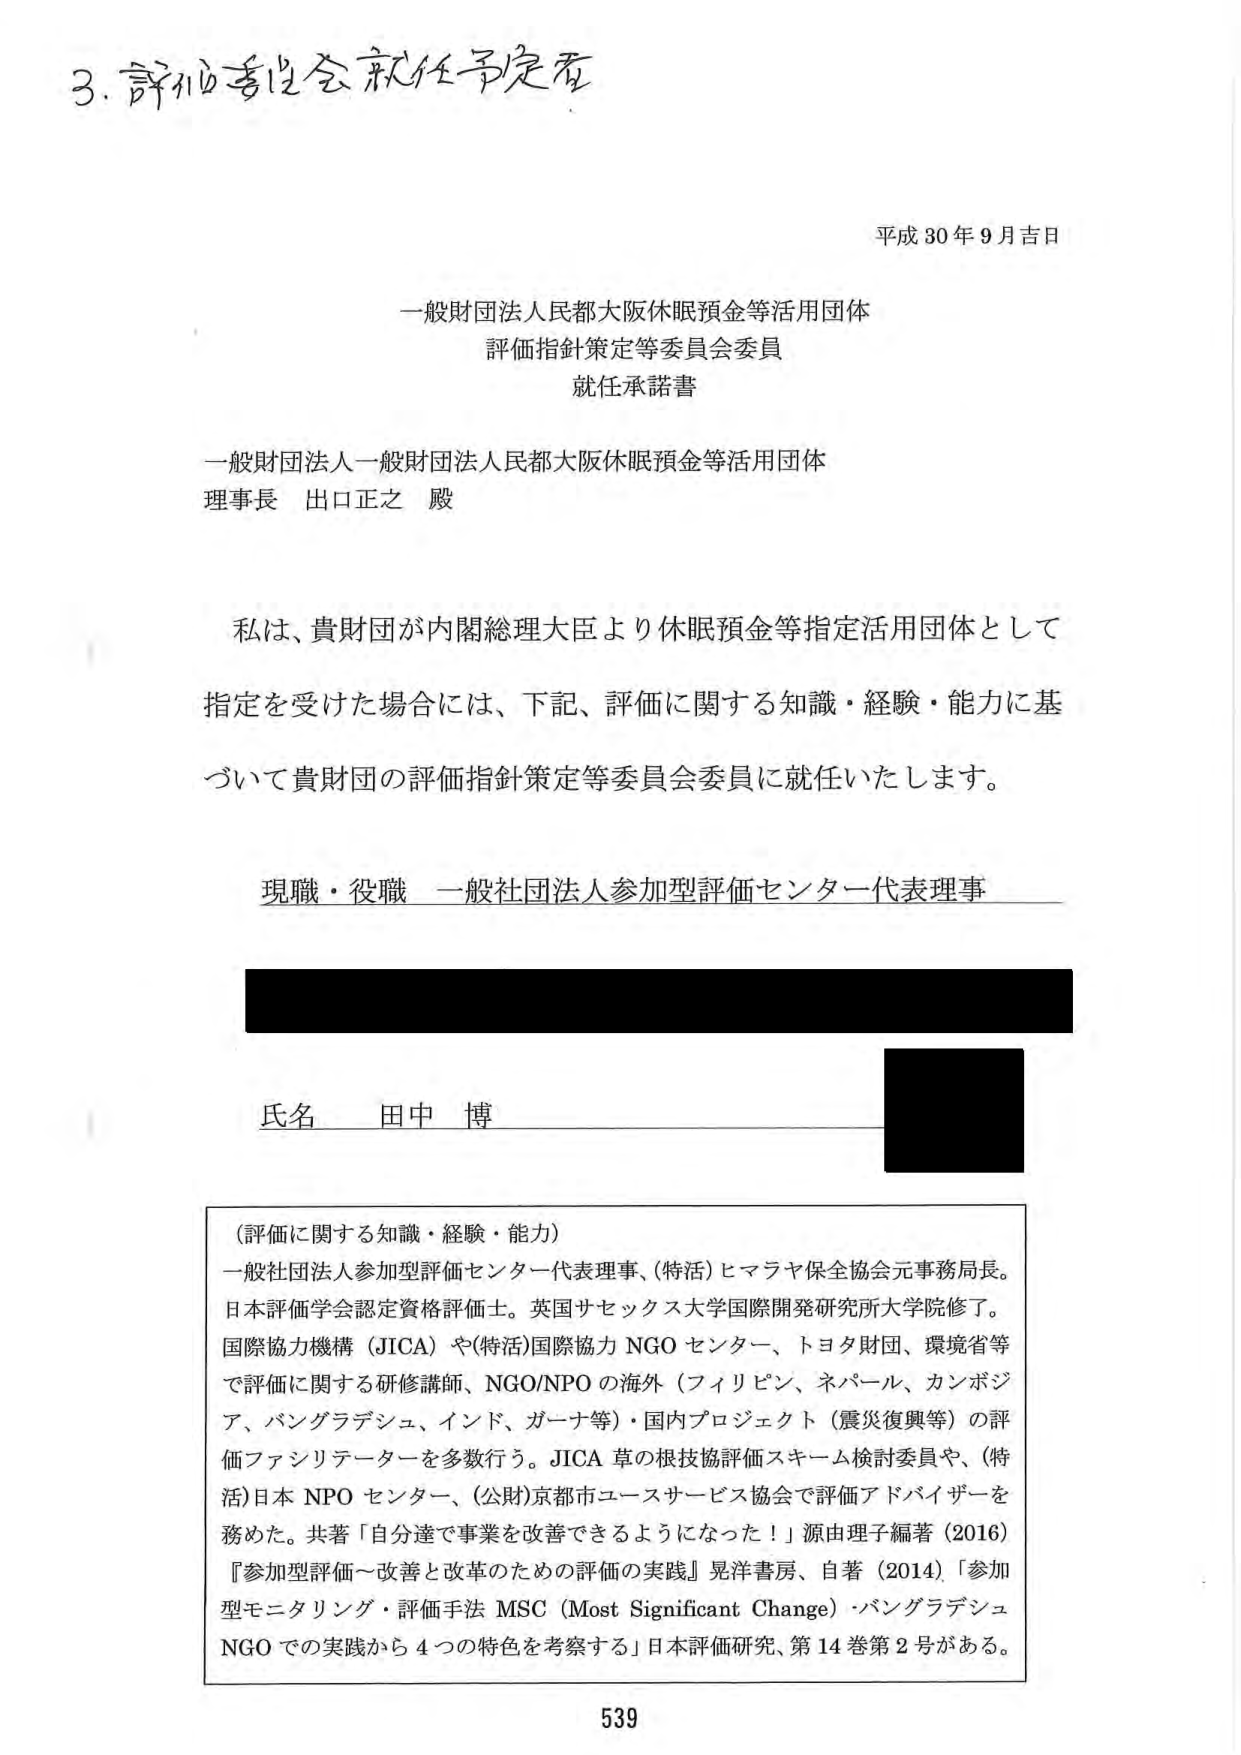
3. 評価委員会就任予定者

平成30年9月吉日

一般財団法人人民都大阪休眠預金等活用団体
評価指針策定等委員会委員
就任承諾書

一般財団法人一般財団法人人民都大阪休眠預金等活用団体
理事長 出口正之 殿

私は、貴財団が内閣総理大臣より休眠預金等指定活用団体として
指定を受けた場合には、下記、評価に関する知識・経験・能力に基づいて貴財団の評価指針策定等委員会委員に就任いたします。

現職・役職 一般社団法人参加型評価センター代表理事

氏名 田中 博

（評価に関する知識・経験・能力）
一般社団法人参加型評価センター代表理事、(特活)ヒマラヤ保全協会元事務局長。
日本評価学会認定資格評価士。英国サセックス大学国際開発研究所大学院修了。
国際協力機構（JICA）や(特活)国際協力NGOセンター、トヨタ財団、環境省等で評価に関する研修講師、NGO/NPOの海外（フィリピン、ネパール、カンボジア、バングラデシュ、インド、ガーナ等）・国内プロジェクト（震災復興等）の評価ファシリテーターを多数行う。JICA草の根技協評価スキーム検討委員や、(特活)日本NPOセンター、(公財)京都市ユースサービス協会で評価アドバイザーを務めた。共著「自分達で事業を改善できるようになった！」源由理子編著（2016）『参加型評価～改善と改革のための評価の実践』晃洋書房、自著（2014）「参加型モニタリング・評価手法MSC（Most Significant Change）・バングラデシュNGOでの実践から4つの特色を考察する」日本評価研究、第14巻第2号がある。

539